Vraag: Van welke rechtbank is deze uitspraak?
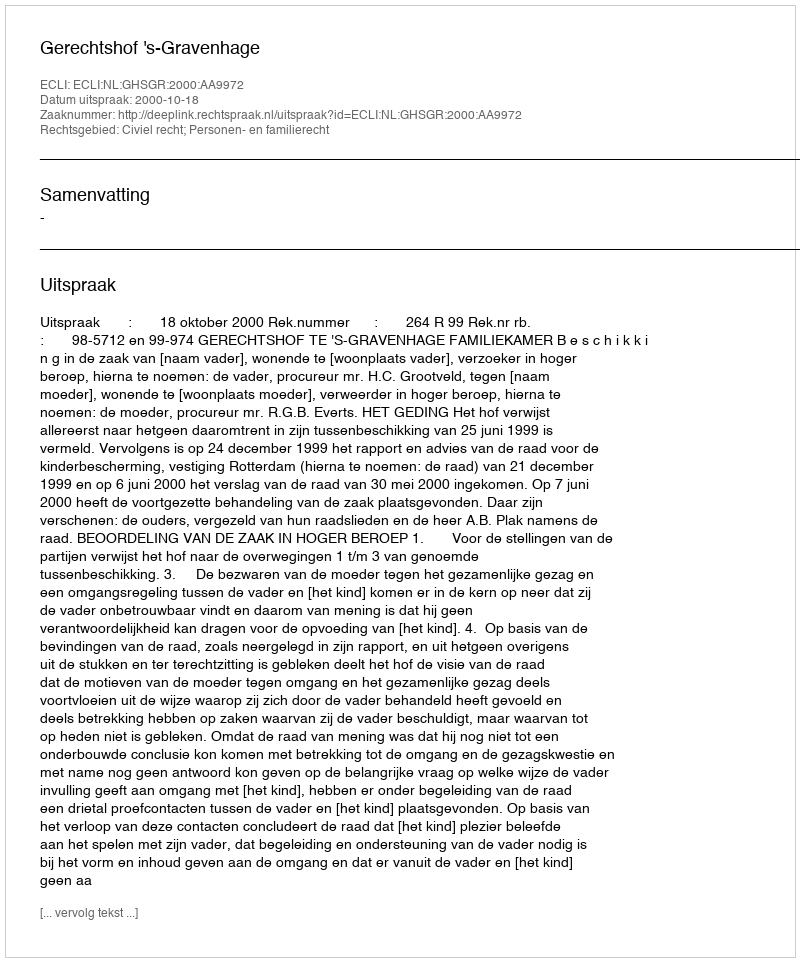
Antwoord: Gerechtshof 's-Gravenhage